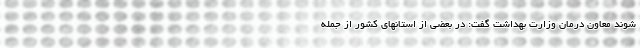
شوند معاون درمان وزارت بهداشت گفت: در بعضی از استانهای کشور از جمله